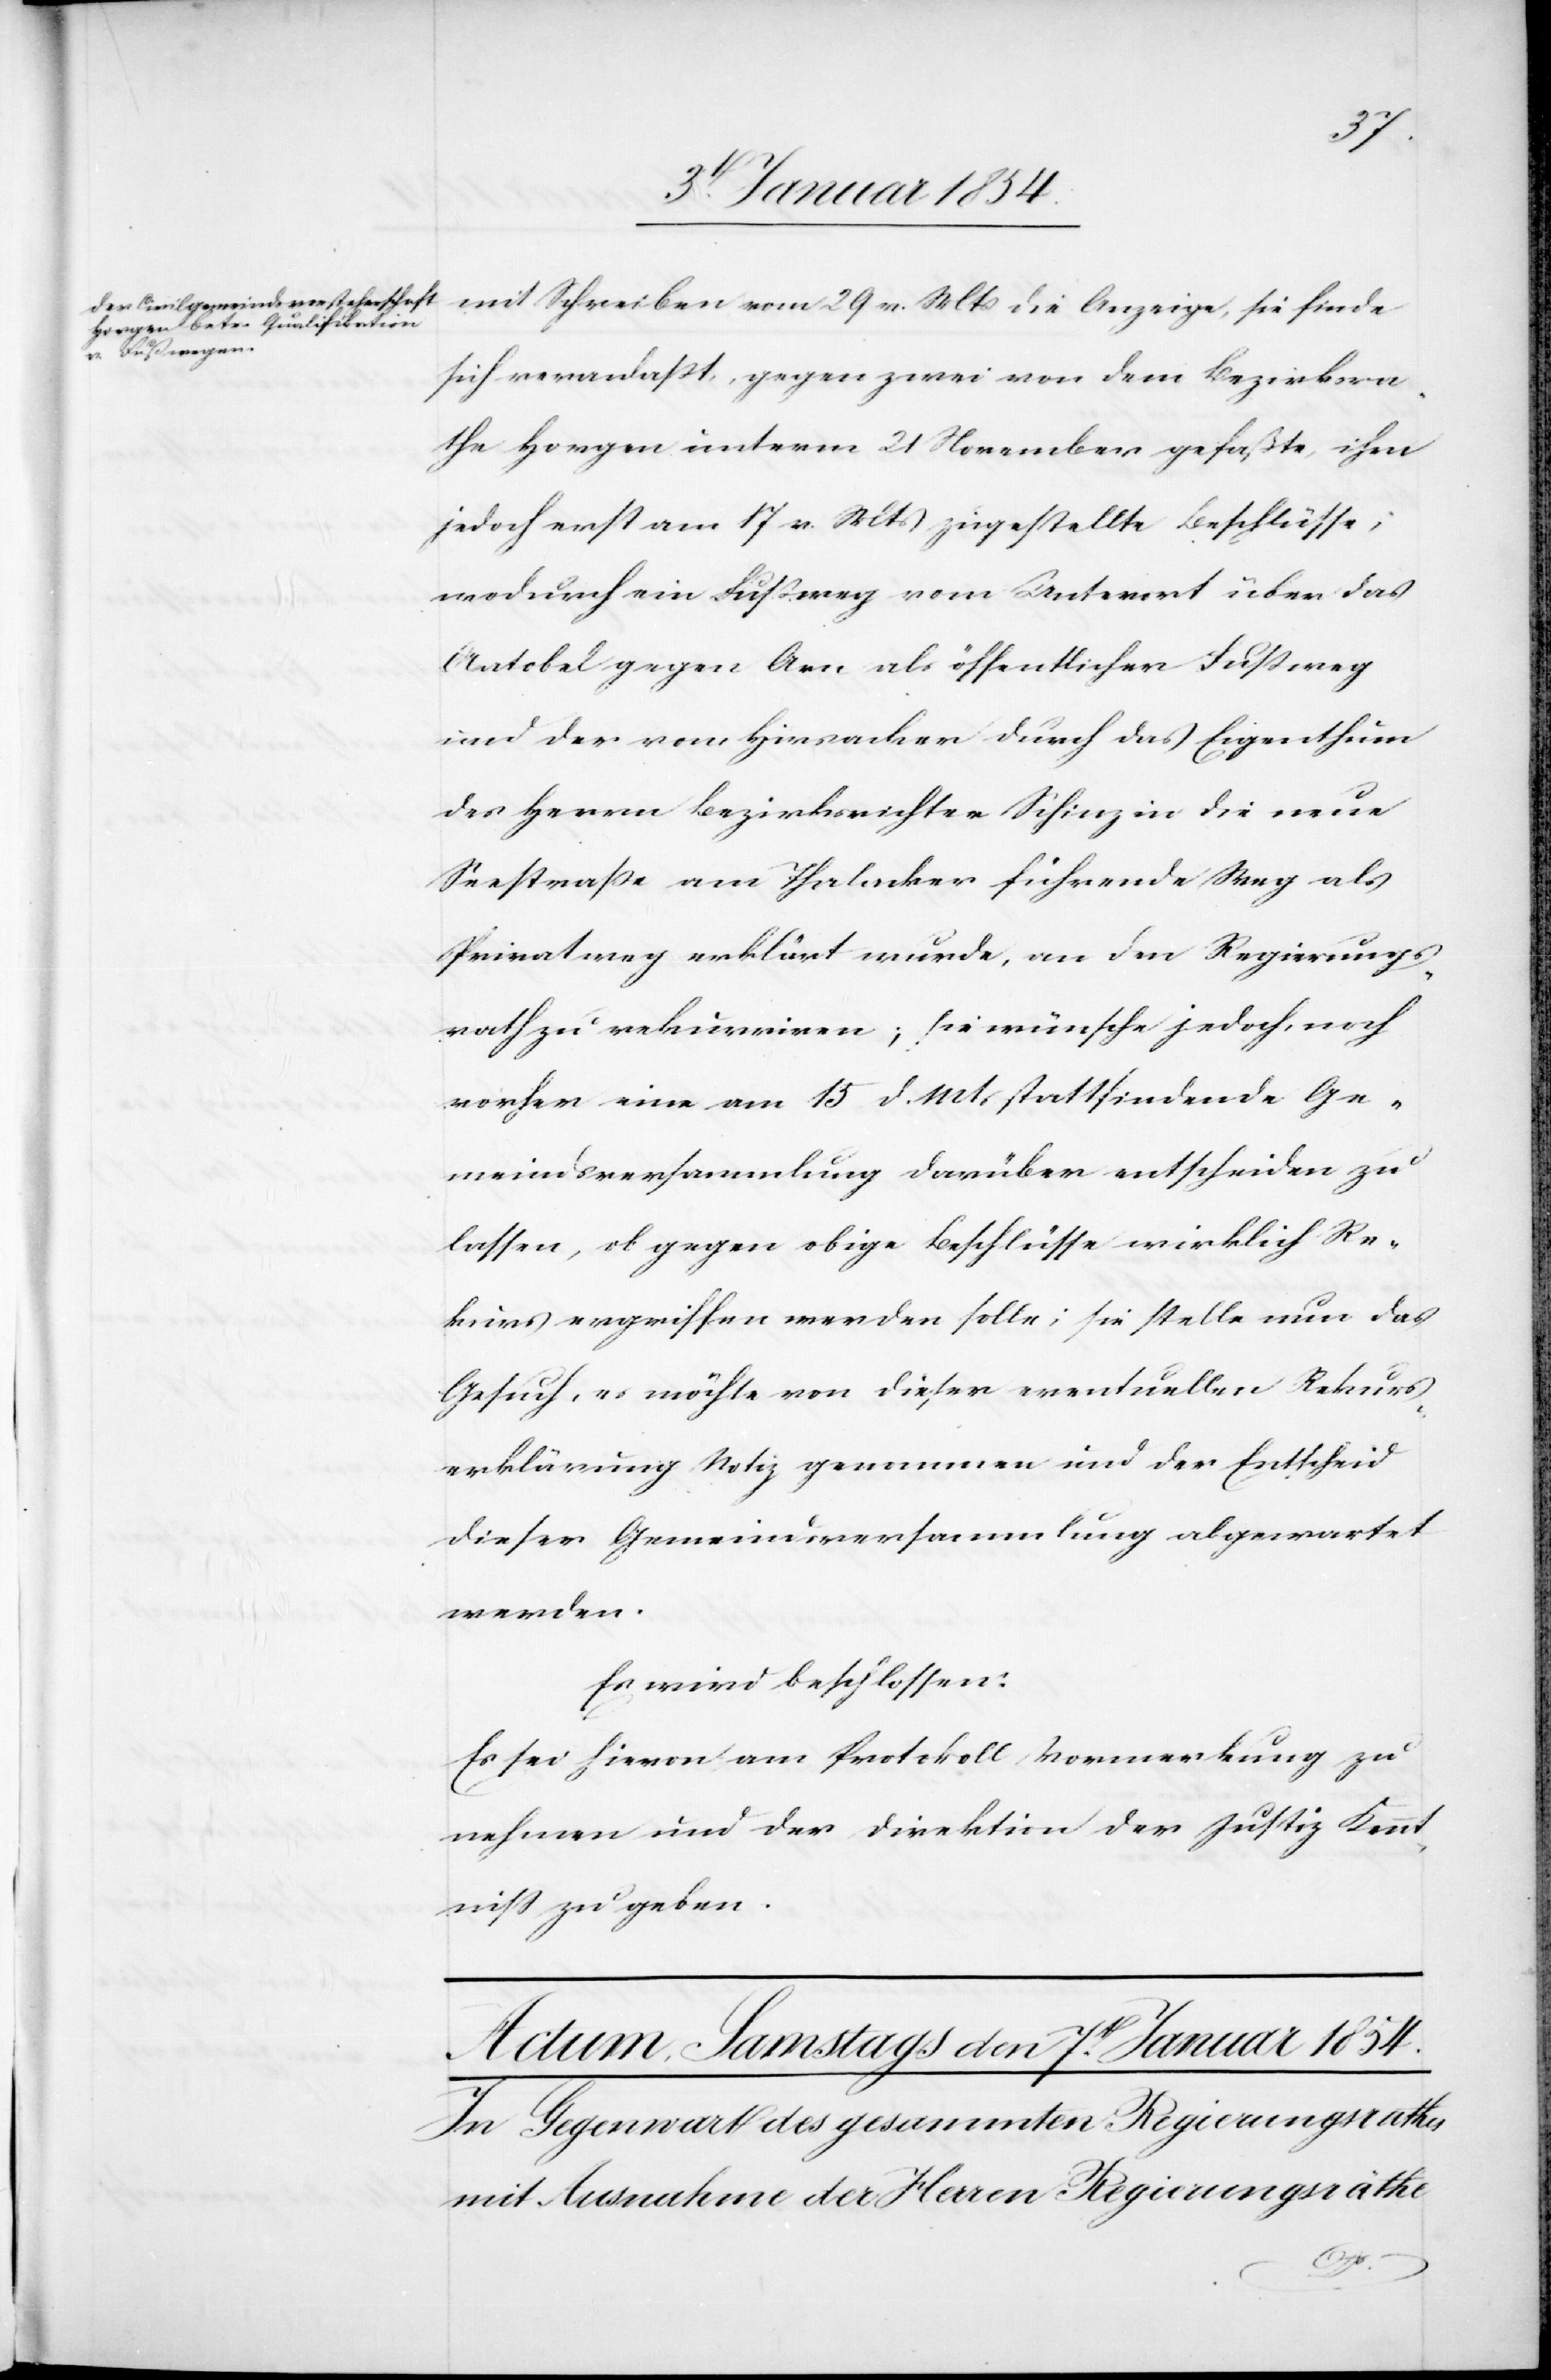
mit Schreiben vom 29 v. Mts die Anzeige, sie finde
sich veranlaßt, gegen zwei von dem Bezirksra¬
the Horgen unterm 21 November gefaßte, ihm
jedoch erst am 17 v. Mts zugestellte Beschlüsse;
wodurch ein Fußweg vom Unterort über das
Aatobel gegen Arn als öffentlicher Fußweg
und der vom Hirsacker durch das Eigenthum
des Herrn Bezirksrichter Schinz in die neue
Seestraße am Thalacker führende Weg als
Privatweg erklärt wurde, an den Regierungs¬
rath zu rekurriren; sie wünsche jedoch, noch
vorher eine am 15 d. Mts. stattfindende Ge¬
meindsversammlung darüber entscheiden zu
lassen, ob gegen obige Beschlüsse wirklich Re¬
kurs ergriffen werden solle; sie stelle nun das
Gesuch, es möchte von dieser eventuellen Rekurs¬
erklärung Notiz genommen und der Entscheid
dieser Gemeindsversammlung abgewartet
werden.
Es wird beschlossen:
Es sei hievon am Protokoll Vormerkung zu
nehmen und der Direktion der Justiz Kennt¬
niß zu geben.